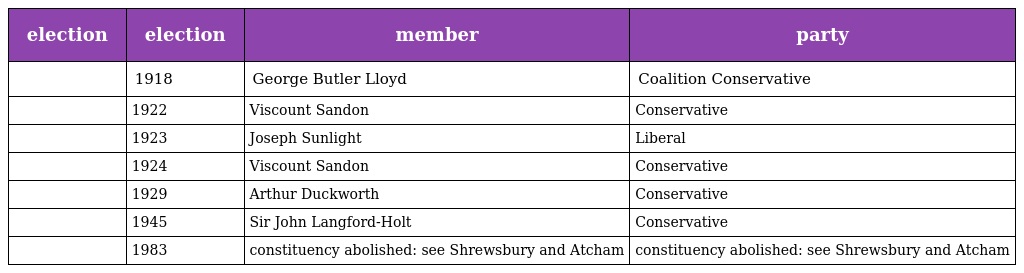
| election | election | member | party |
 | --- | --- | --- | --- |
 |  | 1918 | George Butler Lloyd | Coalition Conservative |
 |  | 1922 | Viscount Sandon | Conservative |
 |  | 1923 | Joseph Sunlight | Liberal |
 |  | 1924 | Viscount Sandon | Conservative |
 |  | 1929 | Arthur Duckworth | Conservative |
 |  | 1945 | Sir John Langford-Holt | Conservative |
 |  | 1983 | constituency abolished: see Shrewsbury and Atcham | constituency abolished: see Shrewsbury and Atcham |